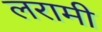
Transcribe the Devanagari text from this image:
लरामी